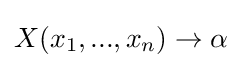
X(x_{1},...,x_{n})\to \alpha